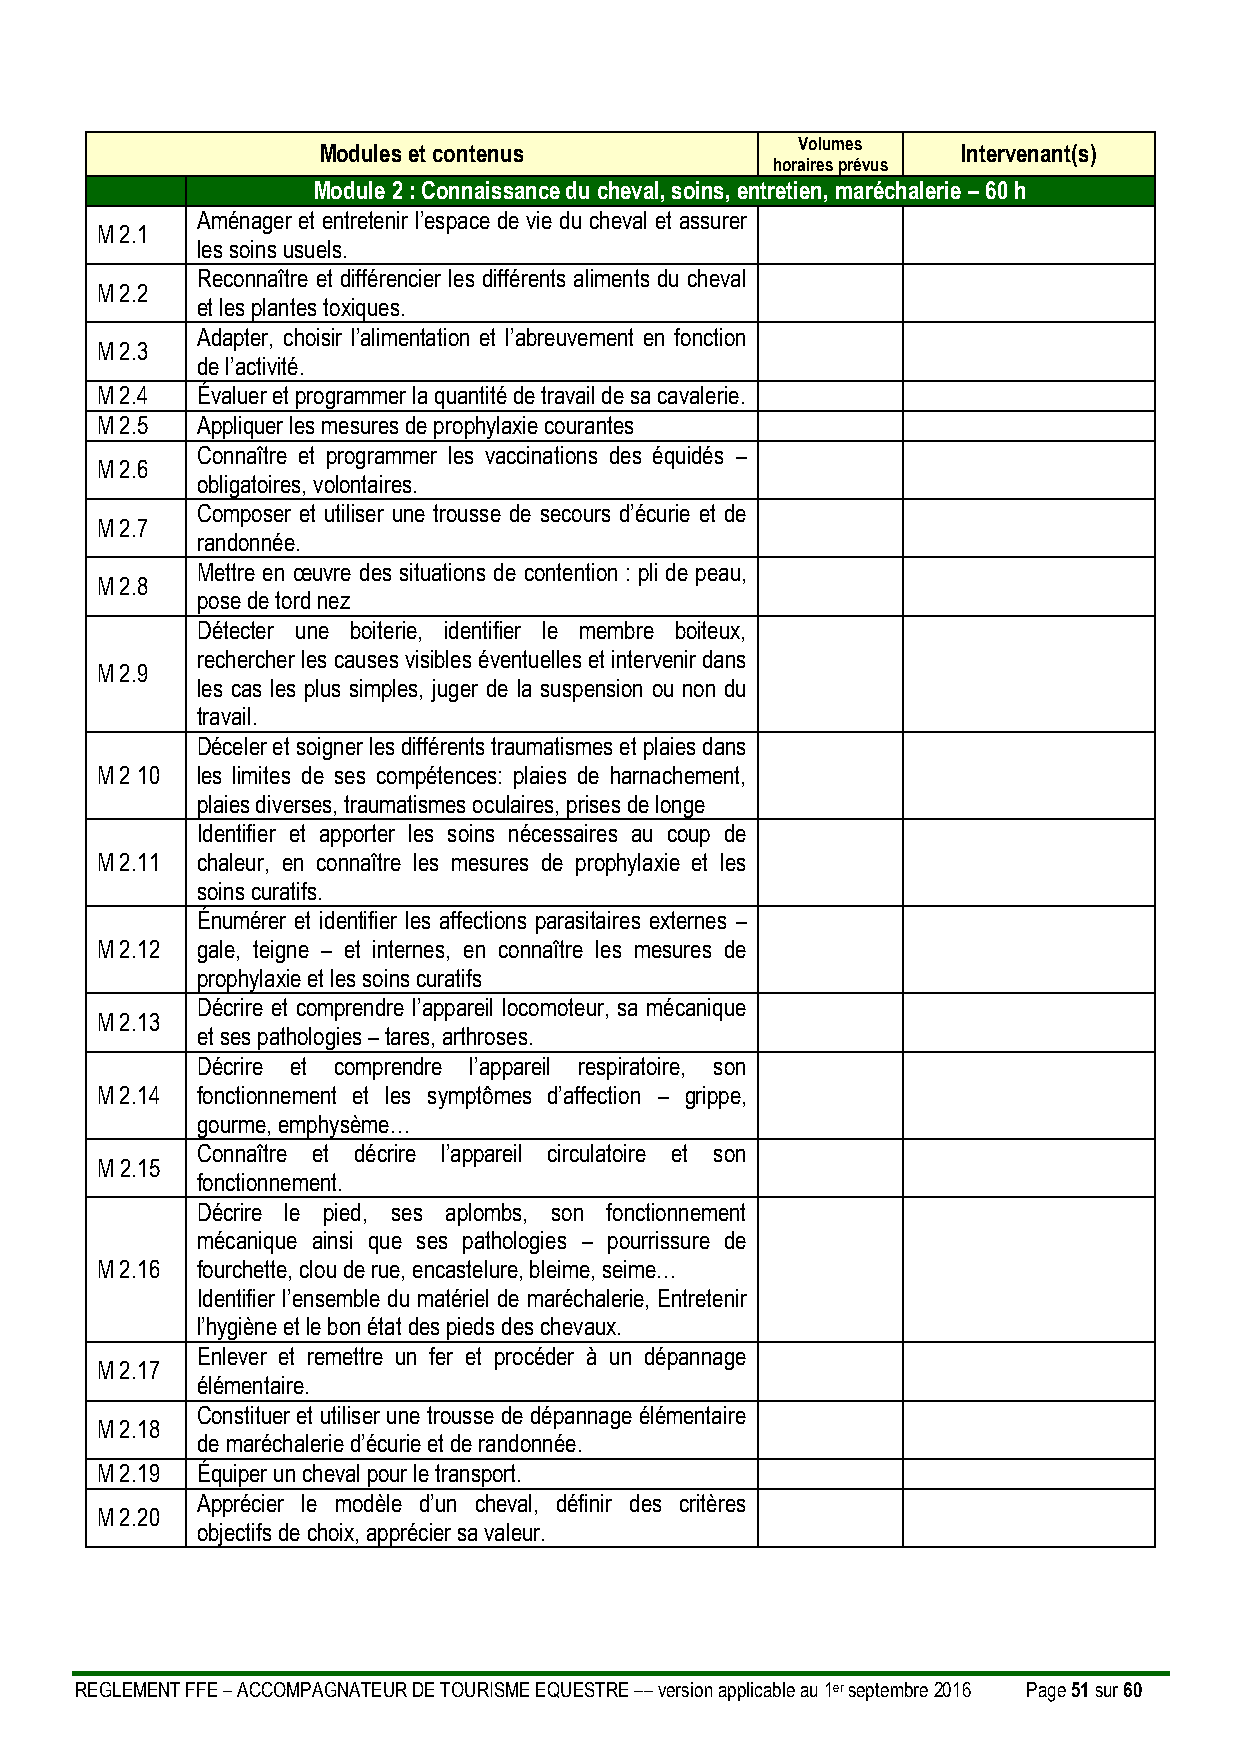
Volumes
 Modules et contenus                        Intervenant(s)
 horaires prévus
 Module 2 : Connaissance du cheval, soins, entretien, maréchalerie – 60 h
 Aménager et entretenir l’espace de vie du cheval et assurer
 M 2.1
 les soins usuels.
 Reconnaître et différencier les différents aliments du cheval
 M 2.2
 et les plantes toxiques.
 Adapter, choisir l’alimentation et l’abreuvement en fonction
 M 2.3
 de l’activité.
 M 2.4  Évaluer et programmer la quantité de travail de sa cavalerie.
 M 2.5  Appliquer les mesures de prophylaxie courantes
 Connaître et programmer les vaccinations des équidés –
 M 2.6
 obligatoires, volontaires.
 Composer et utiliser une trousse de secours d’écurie et de
 M 2.7
 randonnée.
 Mettre en œuvre des situations de contention : pli de peau,
 M 2.8
 pose de tord nez
 Détecter une boiterie, identifier le membre boiteux,
 rechercher les causes visibles éventuelles et intervenir dans
 M 2.9
 les cas les plus simples, juger de la suspension ou non du
 travail.
 Déceler et soigner les différents traumatismes et plaies dans
 M 2 10 les limites de ses compétences: plaies de harnachement,
 plaies diverses, traumatismes oculaires, prises de longe
 Identifier et apporter les soins nécessaires au coup de
 M 2.11 chaleur, en connaître les mesures de prophylaxie et les
 soins curatifs.
 Énumérer et identifier les affections parasitaires externes –
 M 2.12 gale, teigne – et internes, en connaître les mesures de
 prophylaxie et les soins curatifs
 Décrire et comprendre l’appareil locomoteur, sa mécanique
 M 2.13
 et ses pathologies – tares, arthroses.
 Décrire et comprendre l’appareil respiratoire, son
 M 2.14 fonctionnement et les symptômes d’affection – grippe,
 gourme, emphysème…
 Connaître et décrire l’appareil circulatoire et son
 M 2.15
 fonctionnement.
 Décrire le pied, ses aplombs, son fonctionnement
 mécanique ainsi que ses pathologies – pourrissure de
 M 2.16 fourchette, clou de rue, encastelure, bleime, seime…
 Identifier l’ensemble du matériel de maréchalerie, Entretenir
 l’hygiène et le bon état des pieds des chevaux.
 Enlever et remettre un fer et procéder à un dépannage
 M 2.17
 élémentaire.
 Constituer et utiliser une trousse de dépannage élémentaire
 M 2.18
 de maréchalerie d’écurie et de randonnée.
 M 2.19 Équiper un cheval pour le transport.
 Apprécier le modèle d’un cheval, définir des critères
 M 2.20
 objectifs de choix, apprécier sa valeur.
 REGLEMENT FFE – ACCOMPAGNATEUR DE TOURISME EQUESTRE –– version applicable au 1er septembre 2016 Page 51 sur 60